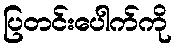
ပြတင်းပေါက်ကို